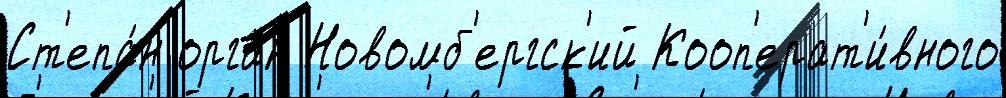
Ст'епа́н орган Новомб'ергск'ий Кооп'ерат'и́вного